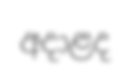
අදාළද